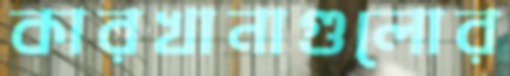
কারখানাগুলোর